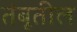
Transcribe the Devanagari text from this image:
तंबूतील